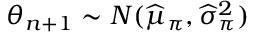
\theta _ { n + 1 } \sim N ( { \widehat { \mu } } _ { \pi } , { \widehat { \sigma } } _ { \pi } ^ { 2 } )